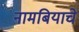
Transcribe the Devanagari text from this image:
नामबियाचे